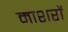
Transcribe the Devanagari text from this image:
माशरों